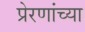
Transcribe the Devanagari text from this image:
प्रेरणांच्या